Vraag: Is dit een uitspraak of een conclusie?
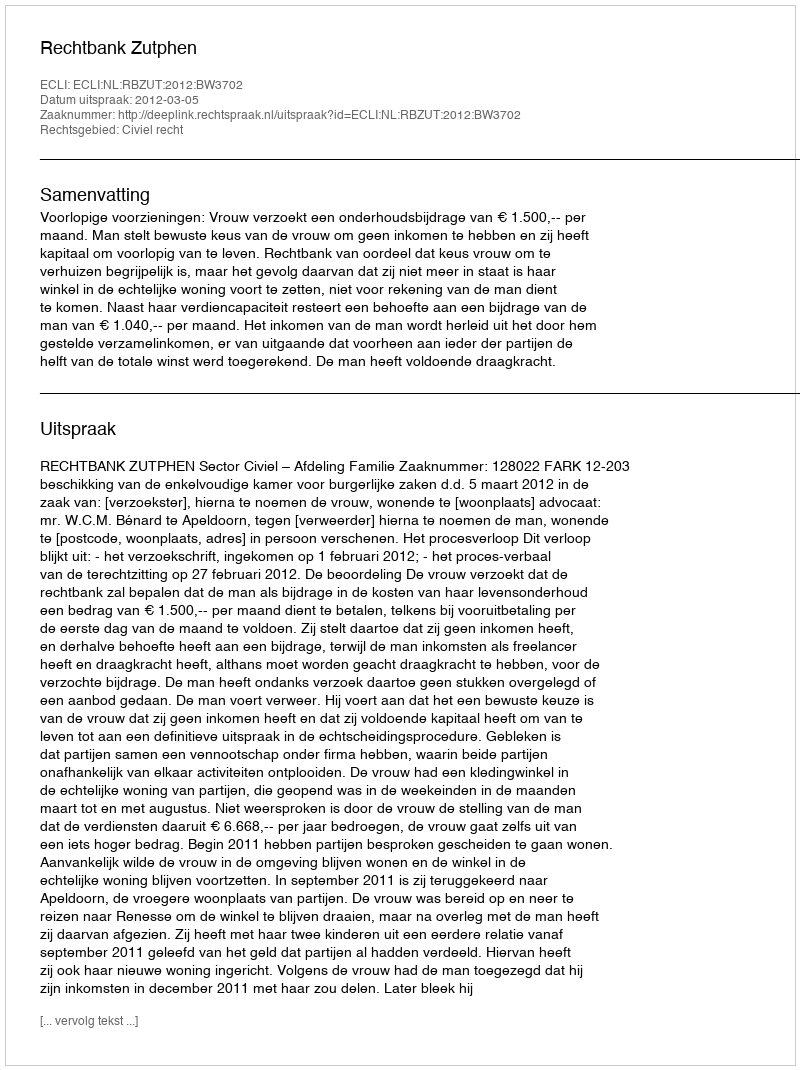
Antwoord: Uitspraak